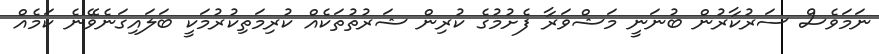
ނަމަވެސް ސަރުކާރުން ބުނަނީ މަޝްވަރާ ފެށުމުގެ ކުރިން ޝަރުތުތަކެއް ކުރިމަތިކުރުމަކީ ބަލައިގަނެވޭނެ ކަމެއް